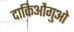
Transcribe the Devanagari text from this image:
दाकिओंगुओ